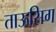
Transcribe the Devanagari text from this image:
ताऊसिग